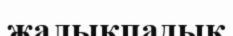
жалықпадық